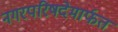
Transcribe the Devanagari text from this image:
नगरपरिषदेमार्फत